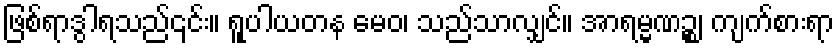
ဖြစ်ရာဒွါရသည်၎င်း။ ရူပါယတန မေဝ၊ သည်သာလျှင်။ အာရမ္မဏဉ္စ၊ ကျက်စားရာ